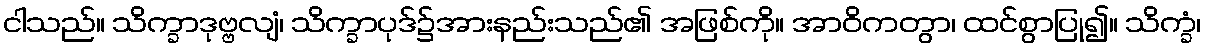
ငါသည်။ သိက္ခာဒုဗ္ဗလျံ၊ သိက္ခာပုဒ်၌အားနည်းသည်၏ အဖြစ်ကို။ အာဝိကတွာ၊ ထင်စွာပြု၍။ သိက္ခံ၊